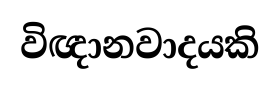
විඥානවාදයකි